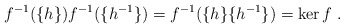
\begin{align*}f^{-1}(\{h\})f^{-1}(\{h^{-1}\})=f^{-1}(\{h\}\{h^{-1}\})=\ker f\;.\end{align*}